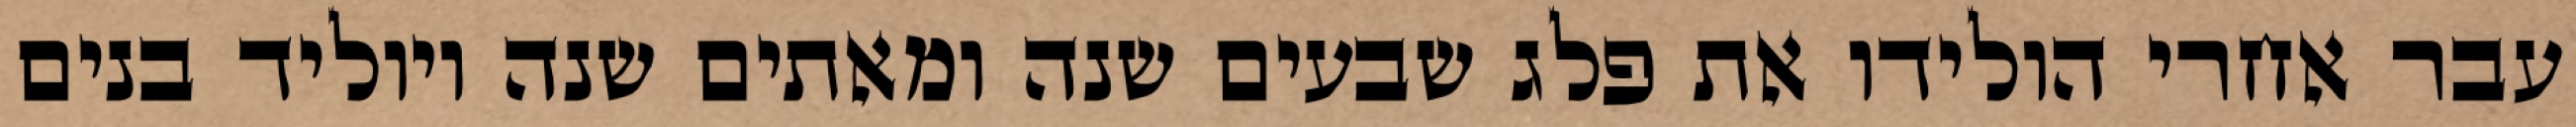
עבר אחרי הולידו את פלג שבעים שנה ומאתים שנה ויוליד בנים